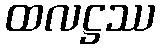
ထလဋ္ဌဿ